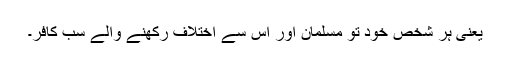
یعنی ہر شخص خود تو مسلمان اور اس سے اختلاف رکھنے والے سب کافر۔